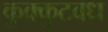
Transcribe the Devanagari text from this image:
कुक्कुटवध